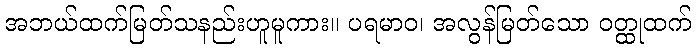
အဘယ်ထက်မြတ်သနည်းဟူမူကား။ ပရမာဝ၊ အလွန်မြတ်သော ဝတ္ထုထက်